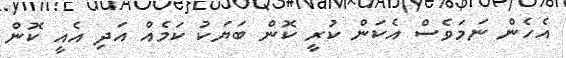
އެހެން ނަމަވެސް އެކަން ކުރީ ކޮން ބަޔަކު ކަމެއް އަދި އެއީ ކޮން